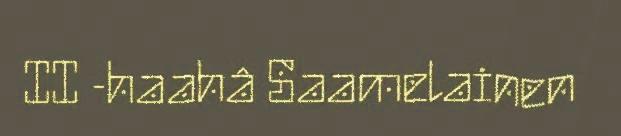
II -haahâ Saamelainen